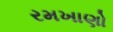
રમખાણો